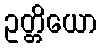
ဥတ္တိယော